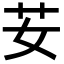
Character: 𦬑